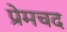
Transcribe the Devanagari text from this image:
प्रेमचद